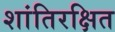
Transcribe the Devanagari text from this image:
शांतिरक्षित